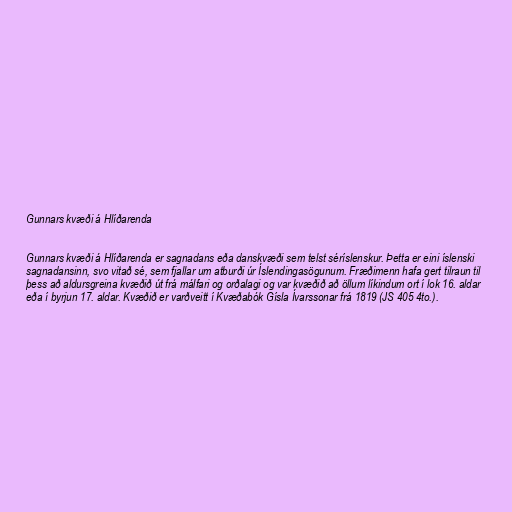
Gunnars kvæði á Hlíðarenda

Gunnars kvæði á Hlíðarenda er sagnadans eða danskvæði sem telst séríslenskur. Þetta er eini íslenski
sagnadansinn, svo vitað sé, sem fjallar um atburði úr Íslendingasögunum. Fræðimenn hafa gert tilraun til
þess að aldursgreina kvæðið út frá málfari og orðalagi og var kvæðið að öllum líkindum ort í lok 16. aldar
eða í byrjun 17. aldar. Kvæðið er varðveitt í Kvæðabók Gísla Ívarssonar frá 1819 (JS 405 4to.).